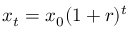
x _ { t } = x _ { 0 } ( 1 + r ) ^ { t }